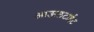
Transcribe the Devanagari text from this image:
आऊलटाईट